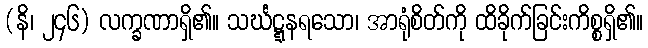
(နိ၊ ၂၄၆) လက္ခဏာရှိ၏။ သင်္ဃဋ္ဋနရသော၊ အာရုံစိတ်ကို ထိခိုက်ခြင်းကိစ္စရှိ၏။